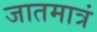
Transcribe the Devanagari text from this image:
जातमात्रं